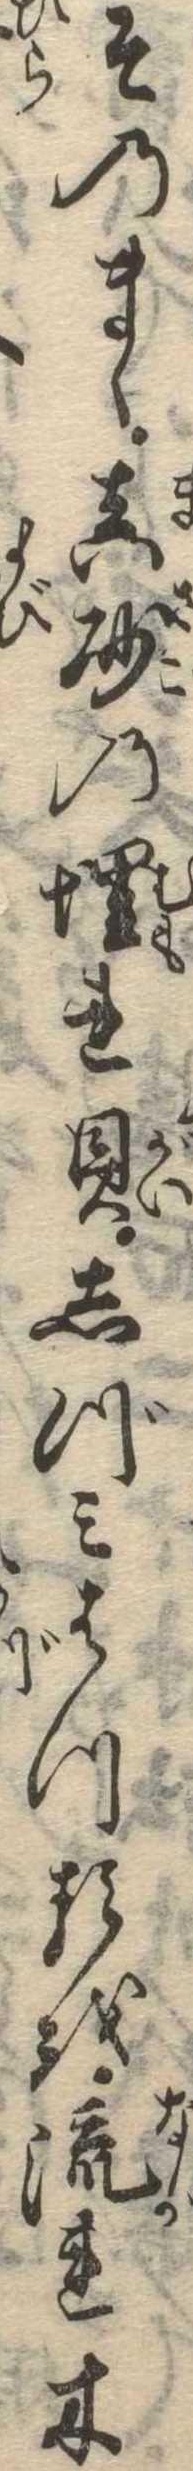
そのまゝ真砂の埋れ貝しづみはつるを流れ木